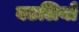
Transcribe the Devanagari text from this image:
बटलियों